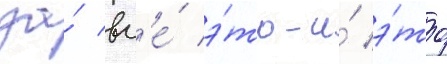
за́ вс'е́ э́то-и́ э́то